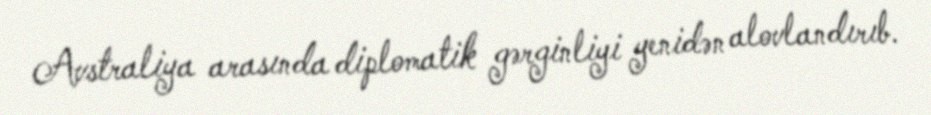
Avstraliya arasında diplomatik gərginliyi yenidən alovlandırıb.